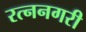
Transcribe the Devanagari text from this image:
रत्ननगरी